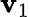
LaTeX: \mathbf{v}_{1}